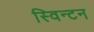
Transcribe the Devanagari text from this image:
स्विन्टन